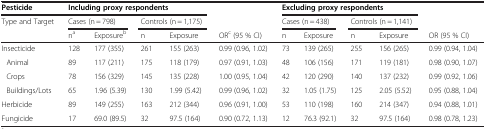
| Pesticide | <COLSPAN=4> Including proxy respondents |  | <COLSPAN=4> Excluding proxy respondents |  |
 | --- | --- | --- | --- | --- | --- | --- | --- | --- | --- | --- |
 | Type and Target | <COLSPAN=2> Cases (n = 798) | <COLSPAN=2> Controls (n = 1,175) |  | <COLSPAN=2> Cases (n = 438) | <COLSPAN=2> Controls (n = 1,141) |  |
 |  | na | Exposureb | n | Exposure | ORc (95 % CI) | n | Exposure | n | Exposure | OR (95 % CI) |
 | Insecticide | 128 | 177 (355) | 261 | 155 (263) | 0.99 (0.96, 1.02) | 73 | 139 (265) | 255 | 156 (265) | 0.99 (0.94, 1.04) |
 | Animal | 89 | 117 (211) | 175 | 118 (179) | 0.97 (0.91, 1.03) | 48 | 106 (156) | 171 | 119 (181) | 0.98 (0.90, 1.07) |
 | Crops | 78 | 156 (329) | 145 | 135 (228) | 1.00 (0.95, 1.04) | 42 | 120 (290) | 140 | 137 (232) | 0.99 (0.92, 1.06) |
 | Buildings/Lots | 65 | 1.96 (5.39) | 130 | 1.99 (5.42) | 0.99 (0.96, 1.02) | 32 | 1.05 (1.75) | 125 | 2.05 (5.52) | 0.95 (0.88, 1.04) |
 | Herbicide | 89 | 149 (255) | 163 | 212 (344) | 0.96 (0.91, 1.00) | 53 | 110 (198) | 160 | 214 (347) | 0.94 (0.88, 1.01) |
 | Fungicide | 17 | 69.0 (89.5) | 32 | 97.5 (164) | 0.90 (0.72, 1.13) | 12 | 76.3 (92.1) | 32 | 97.5 (164) | 0.98 (0.78, 1.23) |